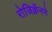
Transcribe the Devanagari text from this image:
रोजिक्रॅनने